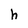
Character: h